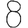
Digit: 8